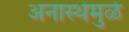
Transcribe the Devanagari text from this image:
अनास्थेमुळे